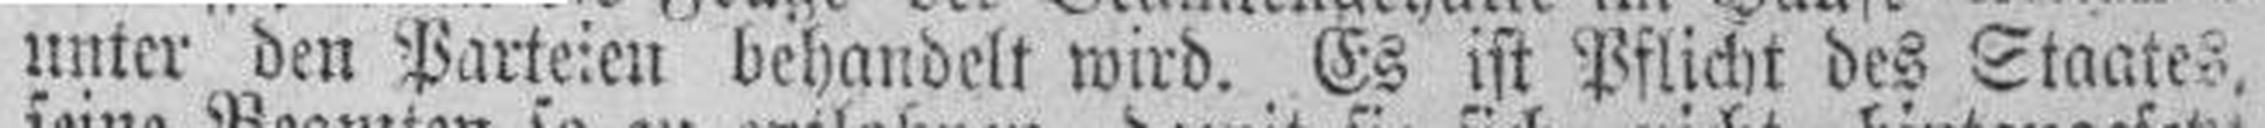
unter den Parteien behandelt wird. Es ist Pflicht des Staates.